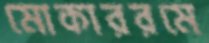
মোকাররমে